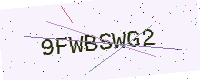
Text: 9FWBSWG2